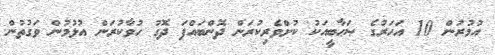
އުމުރުން 10 އަހަރުގެ ޞަޙާބީއަކު ކުށްވެރިކުރަން ދޮންބައްޕަ ދޮގު ހުވާކުރަން އުޅުމުން ވަގުތުން